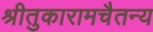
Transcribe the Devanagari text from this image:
श्रीतुकारामचैतन्य